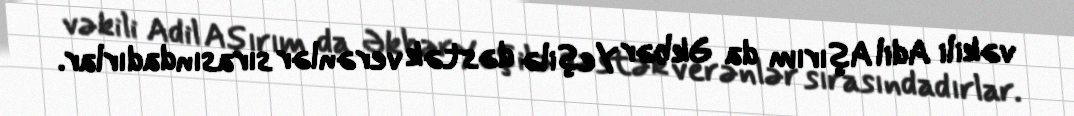
vəkili Adil Aşırım da Əkbər Yeşilə dəstək verənlər sırasındadırlar.